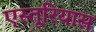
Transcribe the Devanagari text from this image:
एस्तूरियास